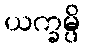
ယက္ခမ္ပိ